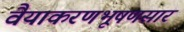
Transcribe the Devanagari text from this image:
वैयाकरणभूषणसार